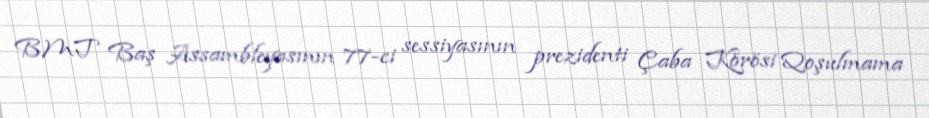
BMT Baş Assambleyasının 77-ci sessiyasının prezidenti Çaba Körösi Qoşulmama